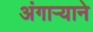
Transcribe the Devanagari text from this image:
अंगाऱ्याने